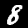
Label: 8